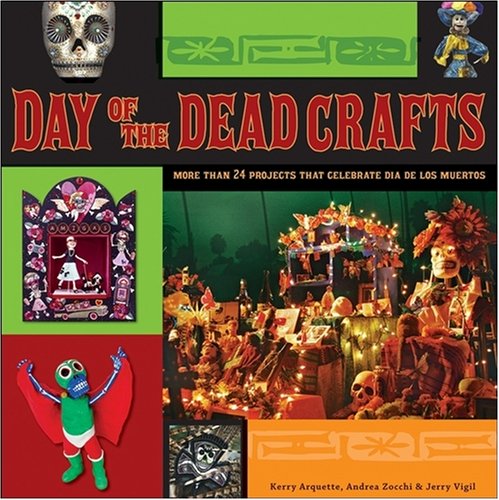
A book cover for Day of the Dead Crafts: More than 24 Projects that Celebrate Dia de los Muertos; Kerry Arquette; Crafts, Hobbies & Home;